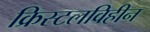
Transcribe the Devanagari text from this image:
क्रिस्टलविहीन